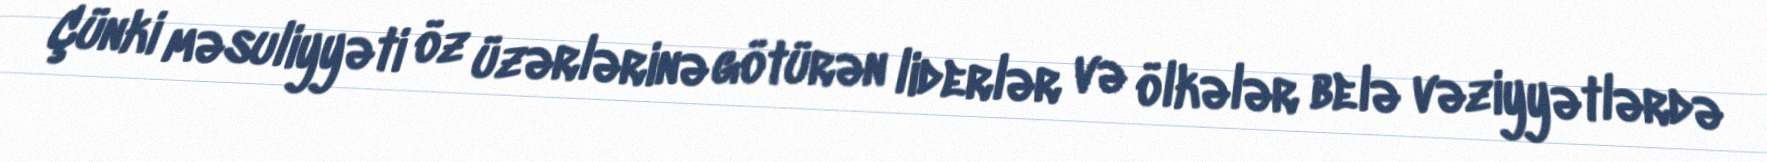
Çünki məsuliyyəti öz üzərlərinə götürən liderlər və ölkələr belə vəziyyətlərdə